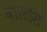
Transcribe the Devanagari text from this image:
वालोस